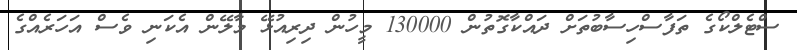
ސްޓެލްކޯގެ ތަފާސްހިސާބުތަށް ދައްކާގޮތުން 130000 މީހުން ދިރިއުޅޭ މާލޭން އެކަނި ވެސް އަހަރެއްގެ